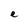
Character: e